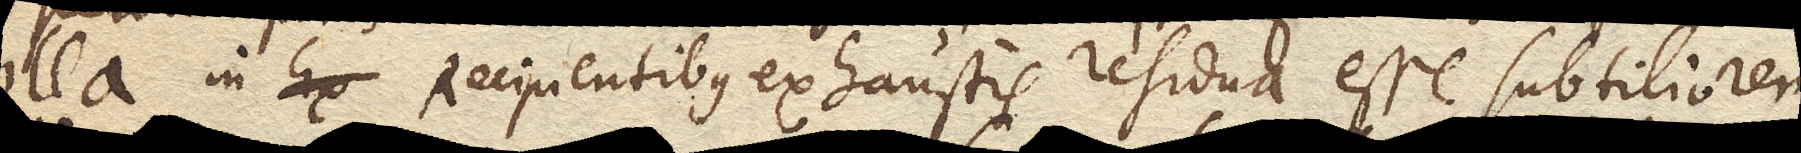
illa in Recipientibus exhaustis residua esse subtiliorem.